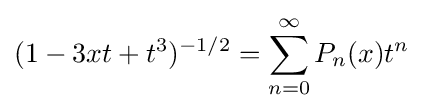
\displaystyle (1-3xt+t^{3})^{-1/2}=\sum _{n=0}^{\infty }P_{n}(x)t^{n}